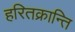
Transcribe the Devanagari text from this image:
हरितक्रान्ति